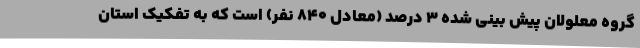
گروه معلولان پیش بینی شده 3 درصد (معادل 840 نفر) است که به تفکیک استان